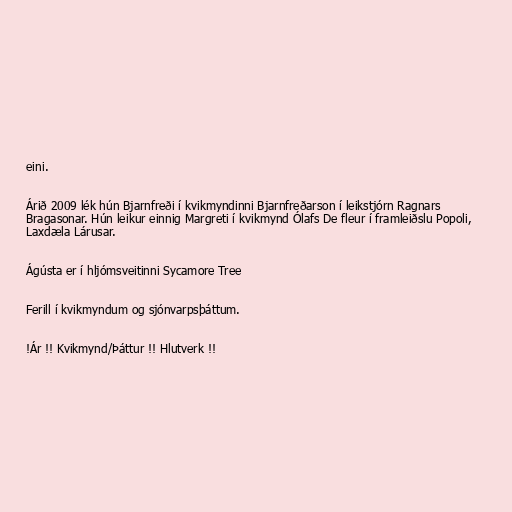
eini.

Árið 2009 lék hún Bjarnfreði í kvikmyndinni Bjarnfreðarson í leikstjórn Ragnars
Bragasonar. Hún leikur einnig Margreti í kvikmynd Ólafs De fleur í framleiðslu Popoli,
Laxdæla Lárusar.

Ágústa er í hljómsveitinni Sycamore Tree

Ferill í kvikmyndum og sjónvarpsþáttum.

!Ár !! Kvikmynd/Þáttur !! Hlutverk !!